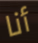
أنا